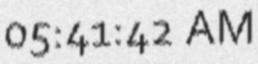
05:41:42 AM